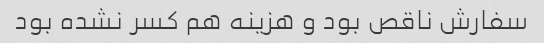
سفارش ناقص بود و هزینه هم کسر نشده بود